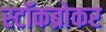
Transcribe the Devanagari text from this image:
स्टॉकब्रोकर